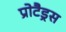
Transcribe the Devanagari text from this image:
प्रोटैड्रस